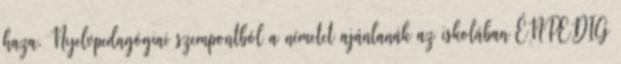
haza. Nyelvpedagógiai szempontból a németet ajánlanák az iskolában ÉNPEDIG